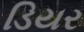
ડિયર